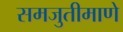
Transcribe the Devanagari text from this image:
समजुतीमाणे